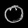
Digit: ၀